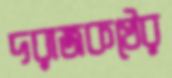
দরাজকণ্ঠের